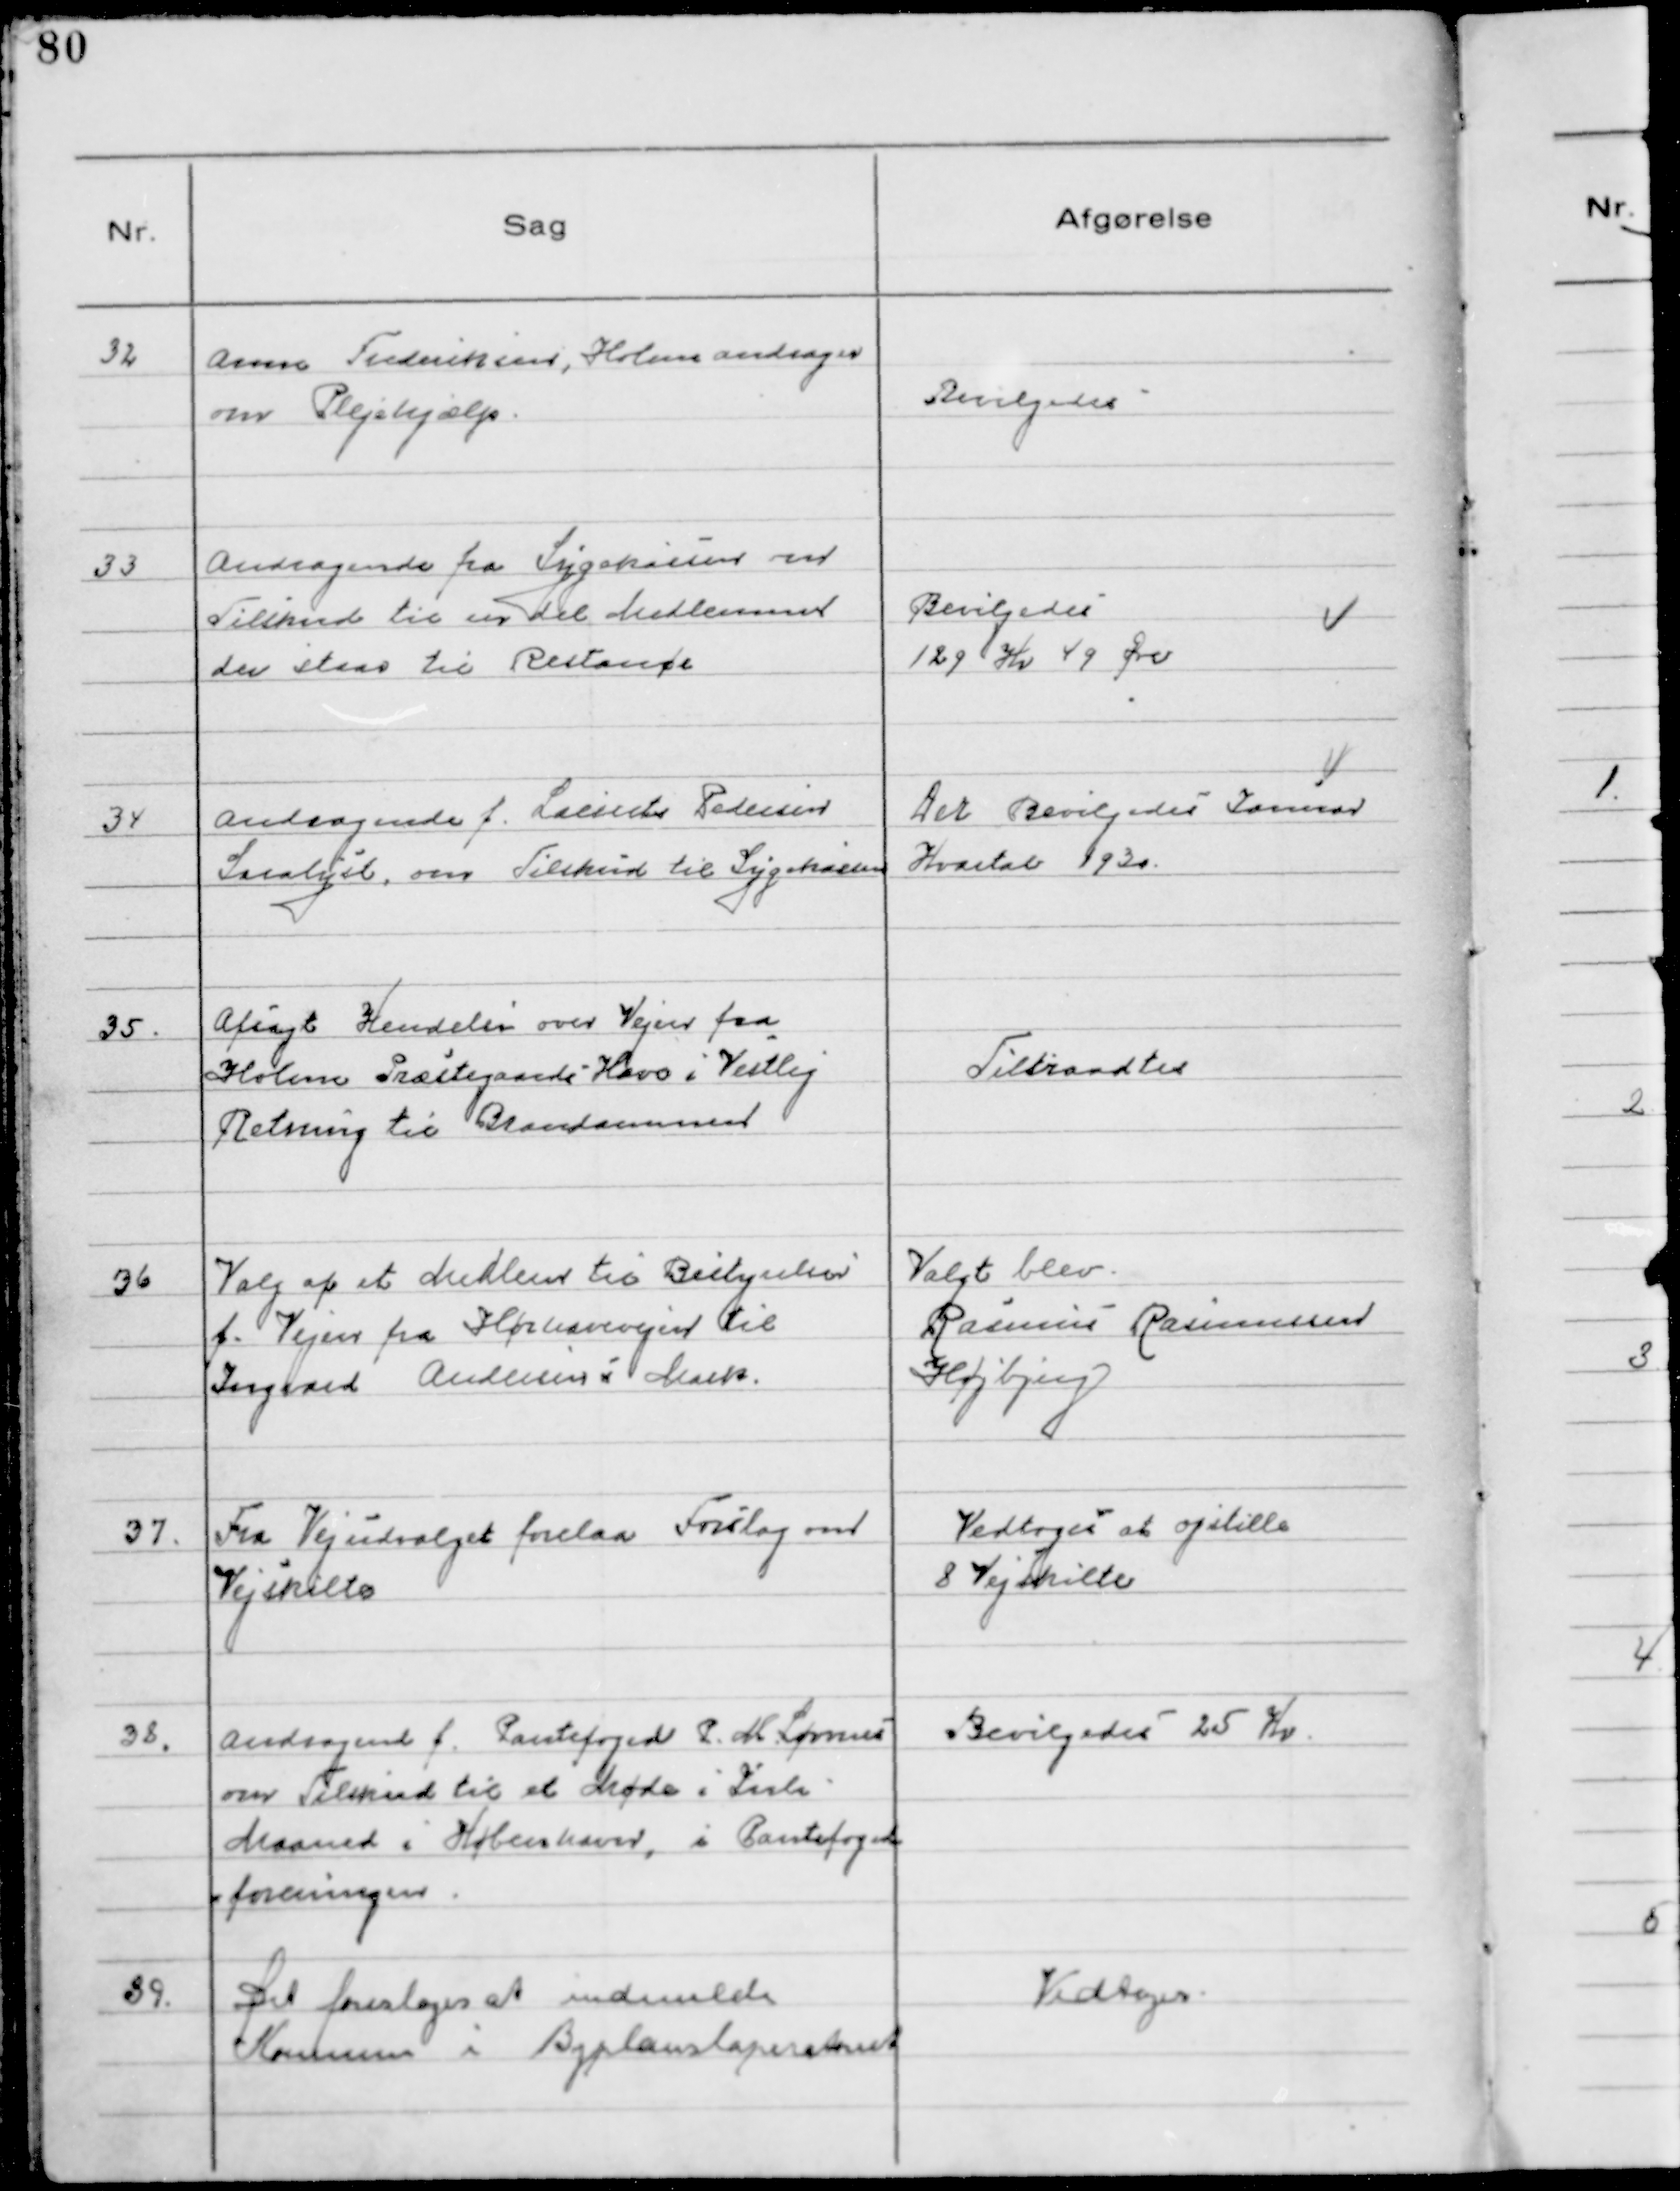
Transskription:
32 Anne Frederiksen,Holme andrager
om Plejehjælp.

Bevilgedes

33 Andragende fra Sygekassen om
Tilskud til en del Medlemmer
der staar til restance

Bevilgedes
129 Kr 49 Øre

34 Andragende f. Laurits Pedersen
Saralyst, om Tilskud til Sygekassen

Der Bevilgedes Januar
Kvartal 1930.

35. Afsagt Kendelse over Vejen fra
Holme Præstegaards Have i Vestlig
Retning til Brandammen

Tiltraadtes

36 Valg af et Medlem til Bestyrelsen
f. Vejen fra Hørhavevejen til
Ingvard Andersens Mark.

Valgt blev.
Rasmus Rasmussen
Højbjerg

37. Fra Vejudvalget forelaa Forslag om
Vejskilte

Vedtoges at opstille
8 Vejskilte

38. Andragende f. Pantefoged P. M. Sørnes
om Tilskud til et Møde i Juli
Maaned i København, i Pantefoged
foreningen

Bevilgedes 25 Kr

39. Det foresloges at indmelde
Kommunen i Byplanslaperatoriet

Vedtoges.